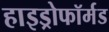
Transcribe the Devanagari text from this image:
हाइड्रोफॉर्मड